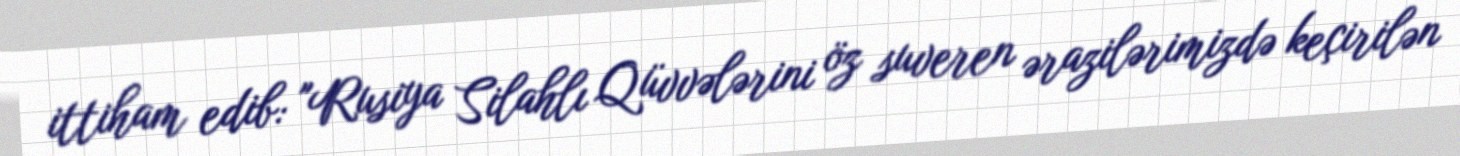
ittiham edib: "Rusiya Silahlı Qüvvələrini öz suveren ərazilərimizdə keçirilən